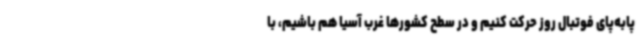
پابه‌پای فوتبال روز حرکت کنیم و در سطح کشورها غرب آسیا هم باشیم، با